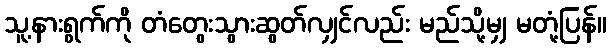
သူ့နားရွက်ကို တံတွေးသွားဆွတ်လျှင်လည်း မည်သို့မျှ မတုံ့ပြန်။